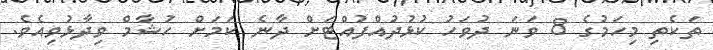
ތަކެތި މިހަމުގެ 8 ވަނަ ދުވަހު ކުޅުދުއްފުއްޓަށް ދާނެ ކަމަށް ހުޝާމް ވިދާޅުވިއެވެ.